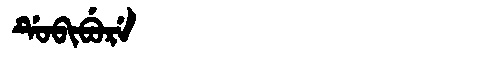
Manchu: ᡩᡠᠪᡳᠪᡠᡵᡝ
Romanization: DUBIBURE